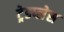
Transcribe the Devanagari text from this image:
ट्रेडप्लेस